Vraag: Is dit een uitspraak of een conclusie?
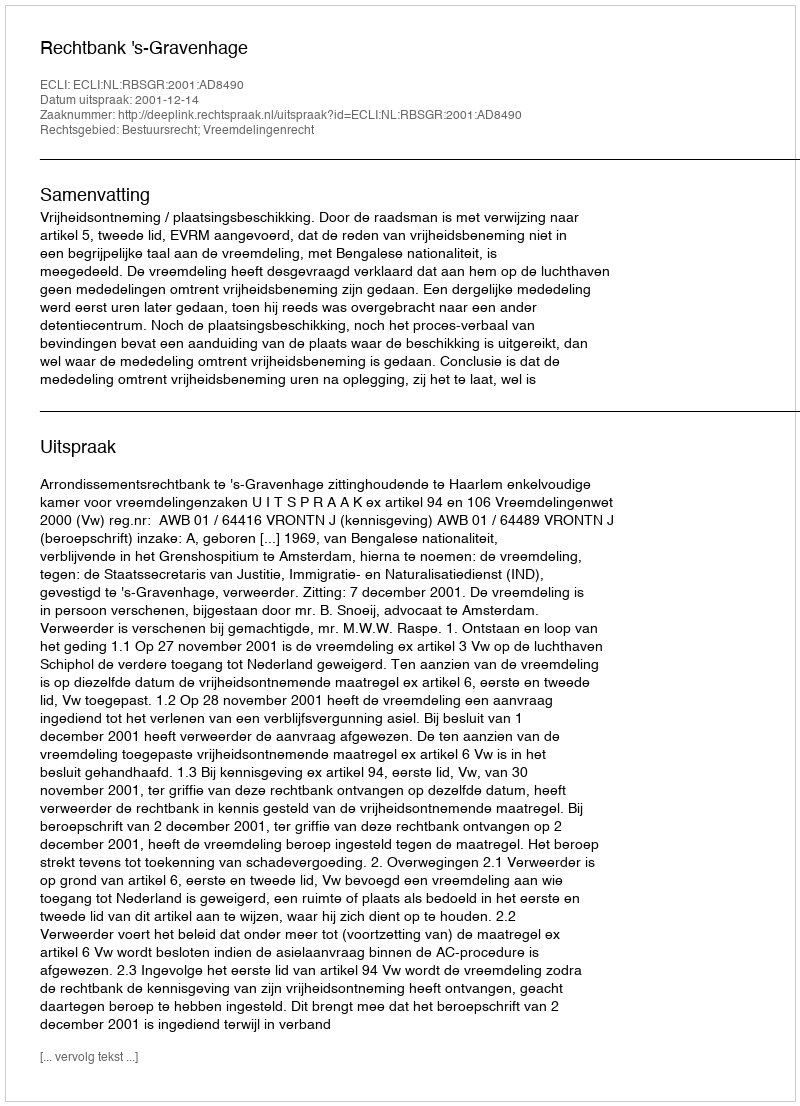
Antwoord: Uitspraak